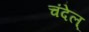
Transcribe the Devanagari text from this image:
चंदेल्